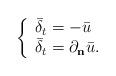
LaTeX: \begin{align*}\left\{\begin{array}{l} \bar\delta_t = -\bar u \\ \bar\delta_t = \partial_{\bf{n}}{\bar{u}}.\end{array}\right.\end{align*}